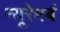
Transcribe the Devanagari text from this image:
न्यूरेमर्ब